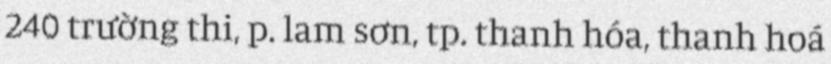
240 trường thi, p. lam sơn, tp. thanh hóa, thanh hoá